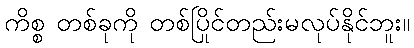
ကိစ္စ တစ်ခုကို တစ်ပြိုင်တည်းမလုပ်နိုင်ဘူး။